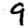
Digit: 9